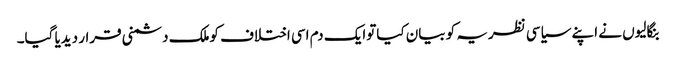
بنگالیوں نے اپنے سیاسی نظریہ کو بیان کیاتوایک دم اسی اختلاف کوملک دشمنی قرار دیدیا گیا۔